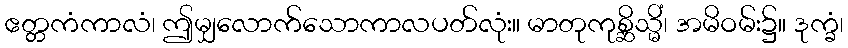
ဧတ္တကံကာလံ၊ ဤမျှလောက်သောကာလပတ်လုံး။ မာတုကုစ္ဆိသ္မိံ၊ အမိဝမ်း၌။ ဒုက္ခံ၊